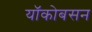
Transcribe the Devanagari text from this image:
यॉकोबसन